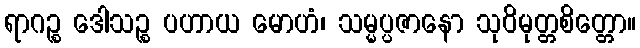
ရာဂဉ္စ ဒေါသဉ္စ ပဟာယ မောဟံ၊ သမ္မပ္ပဇာနော သုဝိမုတ္တစိတ္တော။